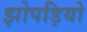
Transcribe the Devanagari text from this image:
झोपड़ियो